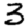
Digit: 3